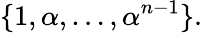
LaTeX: \{ 1,\alpha,\dots,\alpha^{n-1}\} .